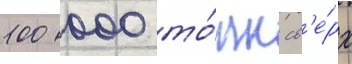
100 000 то́нн св'е́рх